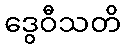
ဒွေဝီသတိ